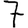
Digit: 7